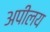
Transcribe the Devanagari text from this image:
अपीलय